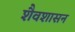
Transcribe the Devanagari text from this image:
शैवशासन